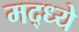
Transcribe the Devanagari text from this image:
मद्ध्ये